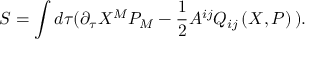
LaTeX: S = \int d \tau ( \partial _ { \tau } X ^ { M } P _ { M } - \frac { 1 } { 2 } A ^ { i j } Q _ { i j } \left( X , P \right) \, ) .